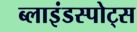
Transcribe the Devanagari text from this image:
ब्लाइंडस्पोट्स